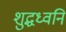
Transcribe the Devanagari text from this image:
शुद्धध्वनि